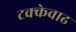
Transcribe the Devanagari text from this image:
टक्केवाढ